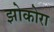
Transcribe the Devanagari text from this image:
झोकोरा